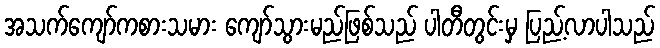
အသက်ကျော်ကစားသမား ကျော်သွားမည်ဖြစ်သည် ပါတီတွင်းမှ ပြည့်လာပါသည်